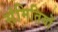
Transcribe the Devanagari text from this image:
संमितियों